King Institute of Preventive Medicine Micro-Biological Section reports 1909-11
Year: 1909
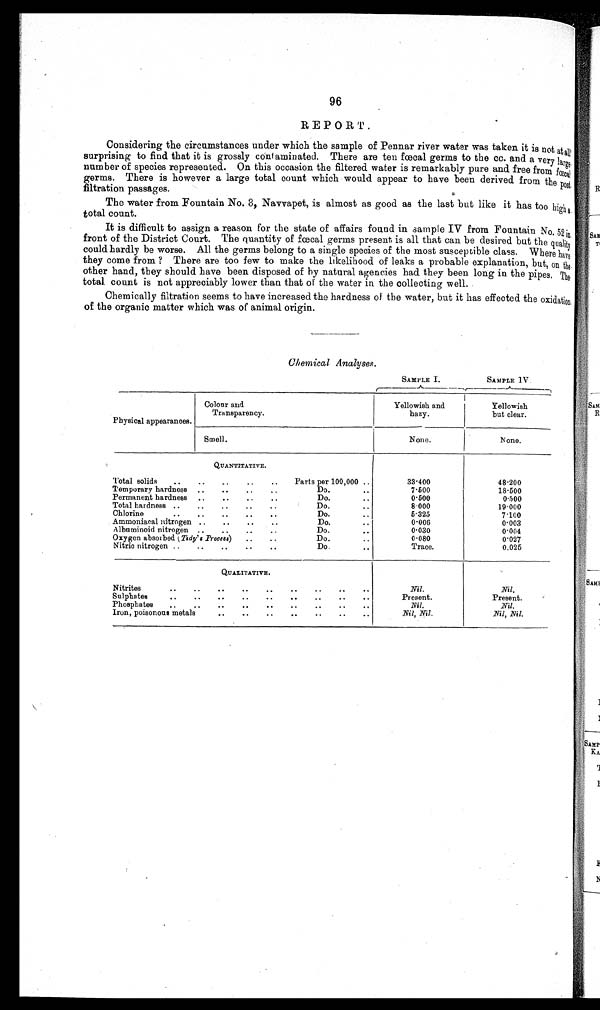
96
REPORT.
Considering the circumstances under which the sample of Pennar river water was taken it is not at all
surprising to find that it is grossly contaminated. There are ten fœcal germs to the cc. and a very large
number of species represented. On this occasion the filtered water is remarkably pure and free from fœca
l germs. There is however a large total count which would appear to have been derived from the post
filtration passages.
The water from Fountain No. 3, Navvapet, is almost as good as the last but like it has too high
a
total count.
It is difficult to assign a reason for the state of affairs found in sample IV from Fountain No. 52
i n
front of the District Court. The quantity of fœcal germs present is all that can be desired but the quality
could hardly be worse. All the germs belong to a single species of the most susceptible class. Where have
they come from ? There are too few to make the likelihood of leaks a probable explanation, but, on the
other hand, they should have been disposed of by natural agencies had they been long in the pipes. The
total count is not appreciably lower than that of the water in the collecting well.
Chemically filtration seems to have increased the hardness of the water, but it has effected the oxidatio
n
of the organic matter which was of animal origin.
Chemical Analyses.
SAMPLE I.
SAMPLE IV.
Physical appearances.
Colour and
Transparency.
Yellowish and
hazy.
Yellowish
but clear.
Smell.
None.
None.
QUANTITATIVE.
Total solids
..
..
..
..
..
Parts per 100,000 ..
33.400
48.200
Temporary hardness
..
..
..
..
Do...., .
7 . 5 0 0
18.500
Permanent hardness
..
..
..
..
Do. ..
0 . 5 0 0
0.500
Total hardness ..
..
..
..
..
Do.
..
8 . 0 0 0
19.000
Chlorine
..
..
..
..
..
Do.
. .
5.325
7.100
Ammoniacal nitrogen ..
..
..
..
Do. ..
0 . 0 0 6
0.003
Albuminoid nitrogen ..
..
..
..
Do.
..
0.030
0.001
Oxygen absorbed ( Tidy' s Process)
..
..
Do. . .
0.080
0.027
Nitric nitrogen ..
..
..
..
..
Do.
..
Trace.
0.025
Q U A L I T A T I V E .
Nitrites
..
..
..
..
..
..
• •
..
..
Nil.
Nil.
Sulphates
..
..
..
..
..
..
..
.. ..
Present.
Present.
Phosphates
..
..
..
..
..
..
..
.. ..
Nil.
Nil.
Iron, poisonous metals
..
..
..
..
..
..
..
Nil, Nil.
Nil, Nil.